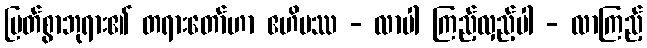
မြတ်စွာဘုရား၏ တရားတော်ဟာ ဧဟိပဿ - လာပါ ကြည့်လှည့်ပါ - လာကြည့်